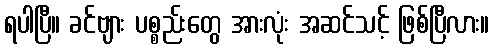
ရပါပြီ။ ခင်ဗျား ပစ္စည်းတွေ အားလုံး အဆင်သင့် ဖြစ်ပြီလား။